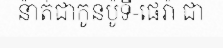
ន៉ាត់ជាកូនប៉ូទី-ផេរ៉ា ជា